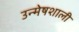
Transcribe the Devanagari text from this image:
उन्मेषशाली